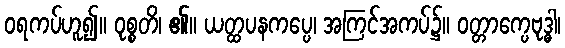
ဝရကပ်ဟူ၍။ ဝုစ္စတိ၊ ၏။ ယတ္ထပနကပ္ပေ၊ အကြင်အကပ်၌။ ဝတ္တာက္ပေဗုဒ္ဓါ၊